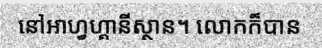
នៅអាហ្វហ្គានីស្ថាន។ លោកក៏បាន